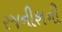
રજનીશની